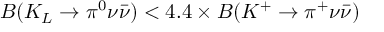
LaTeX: B ( K _ { L } \to \pi ^ { 0 } \nu \bar { \nu } ) < 4 . 4 \times B ( K ^ { + } \to \pi ^ { + } \nu \bar { \nu } )